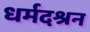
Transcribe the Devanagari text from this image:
धर्मदश्रन